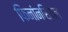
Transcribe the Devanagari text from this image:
फिनांनसियल